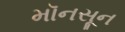
મૉનસૂન